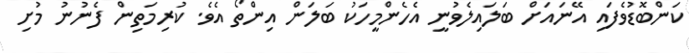
ކަންބޮޑުވެފައި އޭނައަށް ބަލައިލެވުނީ އެހެންމީހަކު ބަލަން އިންތޯ އެވެ. ކުރިމަތިން ފެނުނު މުށި